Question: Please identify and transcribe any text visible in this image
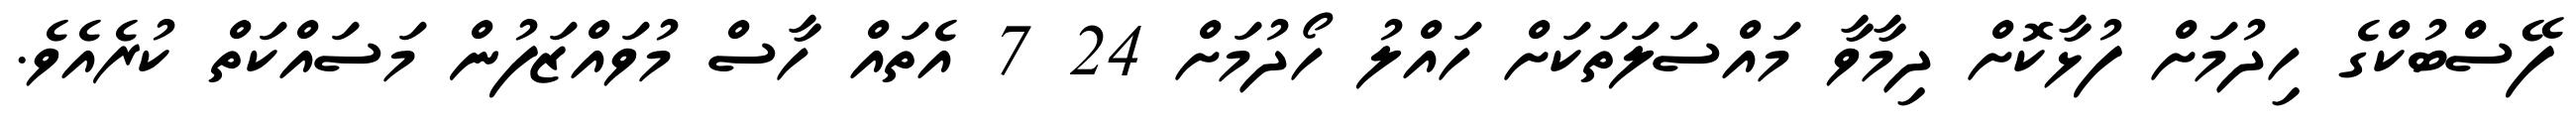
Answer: ފޭސްބުކްގެ ހިދުމަށް ފުޅާކޮށް ދިމާވާ މައްސަލަތަކަށް ހައްލު ހޯދުމަށް 24 7 އެތައް ހާސް މުވައްޒަފުން މަސައްކަތް ކުރެއެވެ.